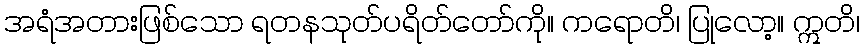
အရံအတားဖြစ်သော ရတနသုတ်ပရိတ်တော်ကို။ ကရောတိ၊ ပြုလော့။ ဣတိ၊